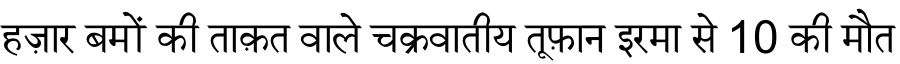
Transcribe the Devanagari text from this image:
हज़ार बमों की ताक़त वाले चक्रवातीय तूफ़ान इरमा से 10 की मौत